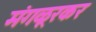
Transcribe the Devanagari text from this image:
मंगळूरकर